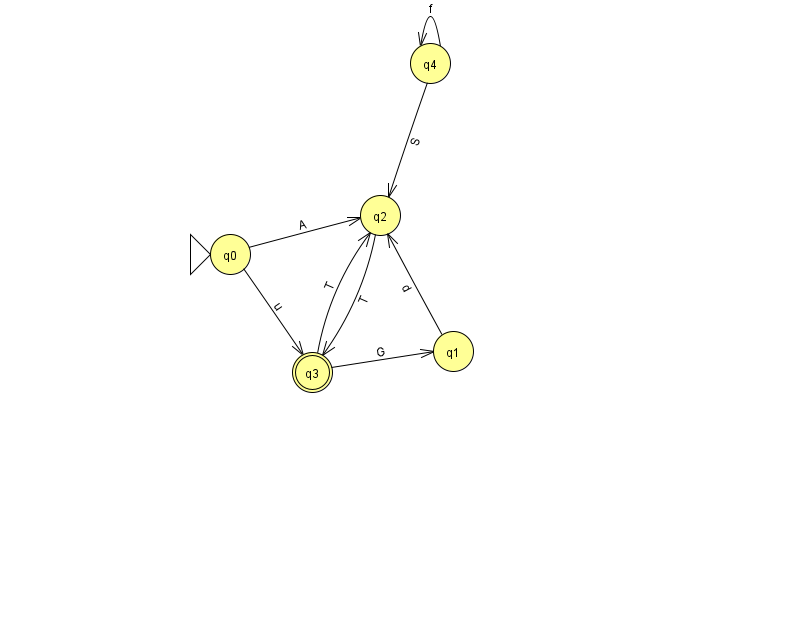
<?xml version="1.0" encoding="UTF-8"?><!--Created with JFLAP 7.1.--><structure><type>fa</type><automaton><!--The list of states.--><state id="0" name="q0"><x>230.0</x><y>241.0</y><initial/></state><state id="1" name="q1"><x>453.0</x><y>338.0</y></state><state id="2" name="q2"><x>380.0</x><y>202.0</y></state><state id="3" name="q3"><x>312.0</x><y>359.0</y><final/></state><state id="4" name="q4"><x>430.0</x><y>50.0</y></state><!--The list of transitions.--><transition><from>0</from><to>3</to><read>u</read></transition><transition><from>1</from><to>2</to><read>d</read></transition><transition><from>3</from><to>1</to><read>G</read></transition><transition><from>4</from><to>2</to><read>S</read></transition><transition><from>0</from><to>2</to><read>A</read></transition><transition><from>2</from><to>3</to><read>T</read></transition><transition><from>3</from><to>2</to><read>T</read></transition><transition><from>4</from><to>4</to><read>f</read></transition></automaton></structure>